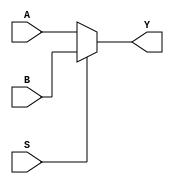
`timescale 1ns / 1ps
//////////////////////////////////////////////////////////////////////////////////
// Company: 
// Engineer: 
// 
// Design Name: 
// Module Name: homework2_mux_2_1
// Project Name: 
// Target Devices: 
// Tool Versions: 
// Description: 
// 
// Dependencies: 
// 
// Revision:
// Revision 0.01 - File Created
// Additional Comments:
// 
//////////////////////////////////////////////////////////////////////////////////
module homework2_mux_2_1(
    input      [15:0] A,
    input      [15:0] B,
    input             S, // select bit 
    output     [15:0] Y
    );
    
    assign Y = (S == 1'b0) ? A : B;
    
endmodule // homework2_mux_2_1